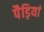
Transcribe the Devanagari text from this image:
पैड़ियां